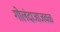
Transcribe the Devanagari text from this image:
गोलंदाजाजवळ